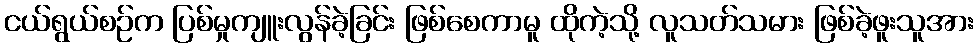
ငယ်ရွယ်စဉ်က ပြစ်မှုကျူးလွန်ခဲ့ခြင်း ဖြစ်စေကာမူ ထိုကဲ့သို့ လူသတ်သမား ဖြစ်ခဲ့ဖူးသူအား